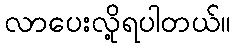
လာပေးလို့ရပါတယ်။